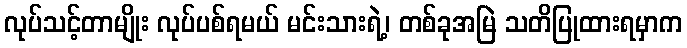
လုပ်သင့်တာမျိုး လုပ်ပစ်ရမယ် မင်းသားရဲ့၊ တစ်ခုအမြဲ သတိပြုထားရမှာက